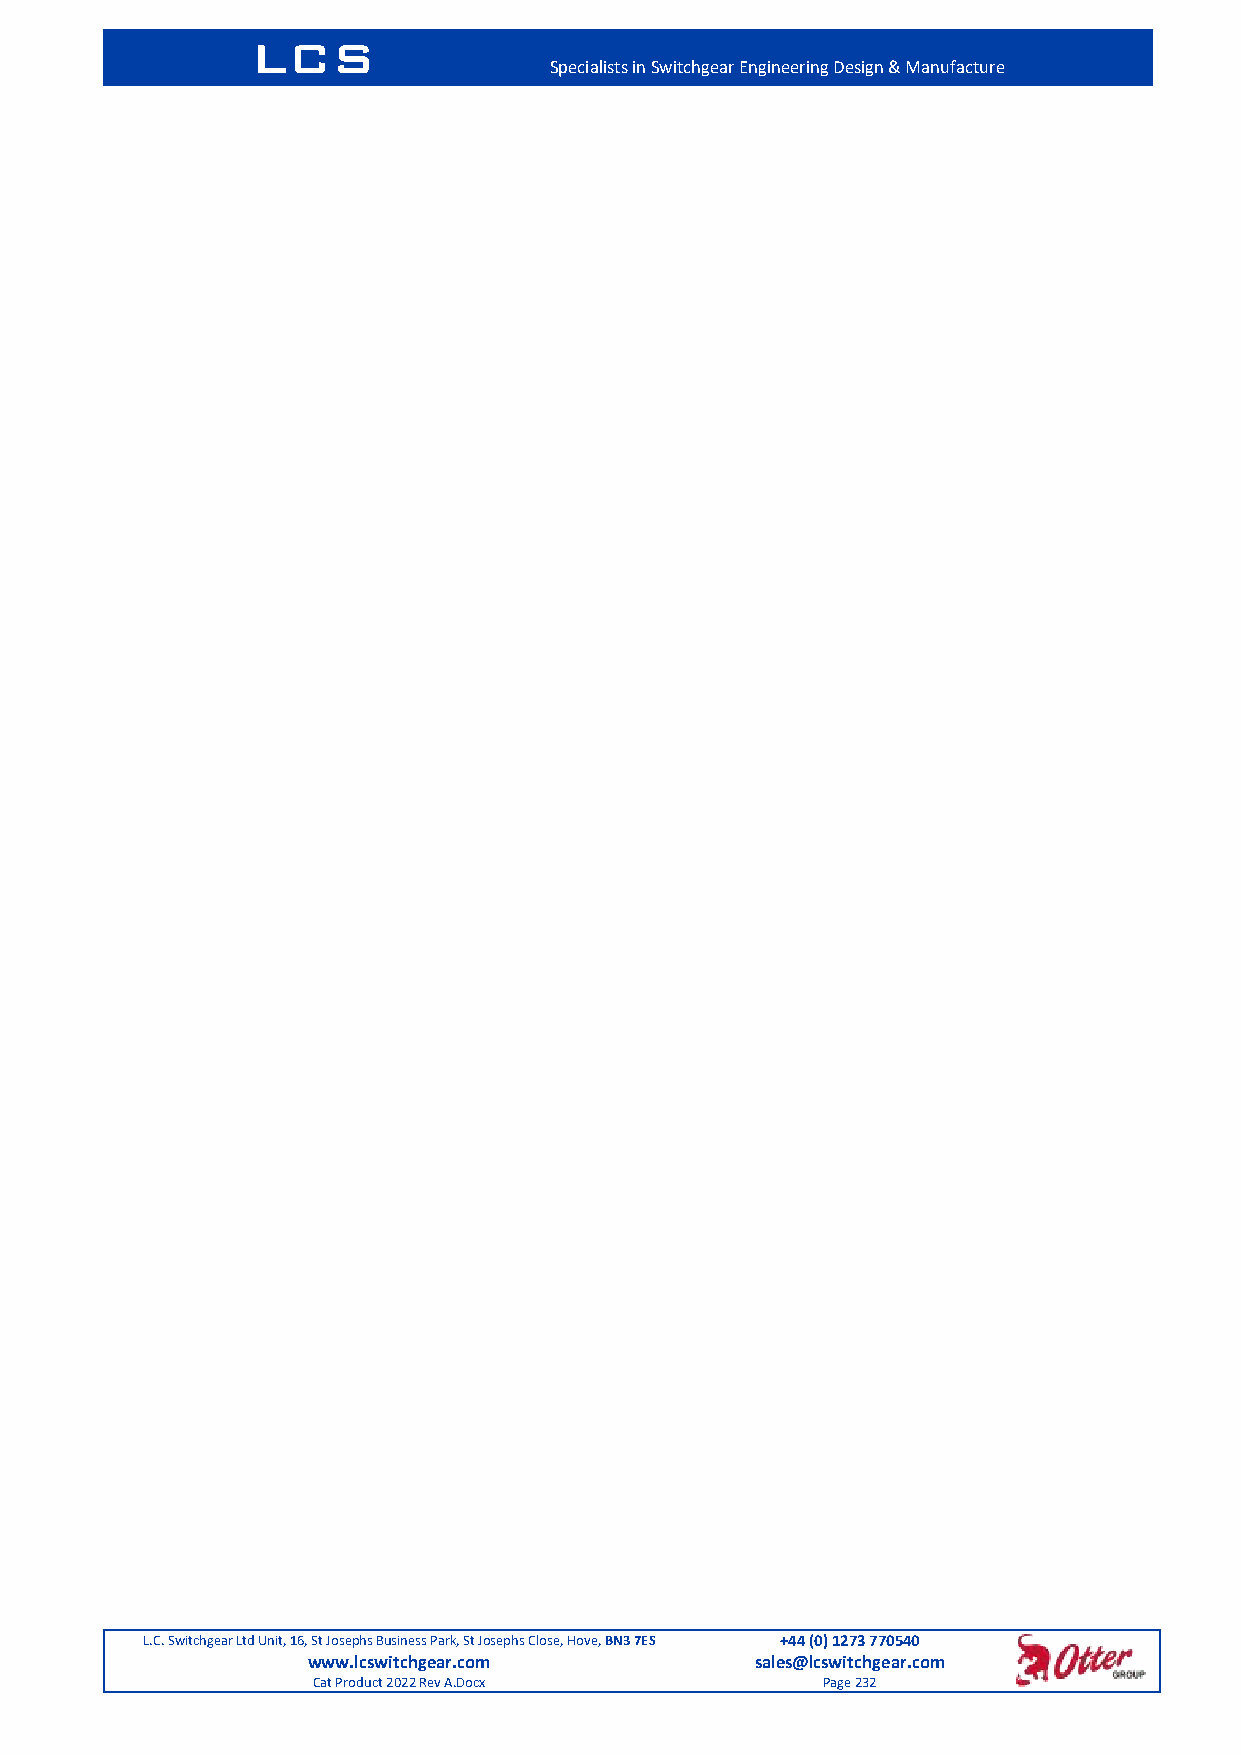
LCS
 Specialists in Switchgear Engineering Design & Manufacture
 L.C. Switchgear Ltd Unit, 16, St Josephs Business Park, St Josephs Close, Hove, BN3 7ES +44 (0) 1273 770540
 www.lcswitchgear.com          sales@lcswitchgear.com
 Cat Product 2022 Rev A.Docx      Page 232